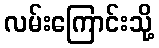
လမ်းကြောင်းသို့